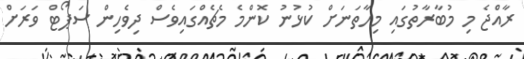
ރާއްޖެ މި މުބާރާތުގައި މިހާތަނަށް ކުޅުނު ކޮންމެ މެޗެއްގައިވެސް ދިވެހިން ސަޕޯޓް ވަަރަށް